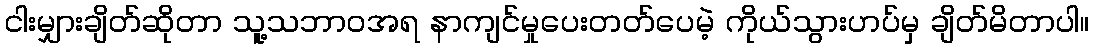
ငါးမျှားချိတ်ဆိုတာ သူ့သဘာဝအရ နာကျင်မှုပေးတတ်ပေမဲ့ ကိုယ်သွားဟပ်မှ ချိတ်မိတာပါ။